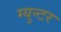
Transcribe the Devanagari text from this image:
ग्युन्टर